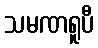
သမဏရူပီ